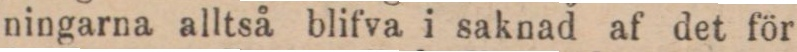
ningarna alltså blifva i saknad af det för